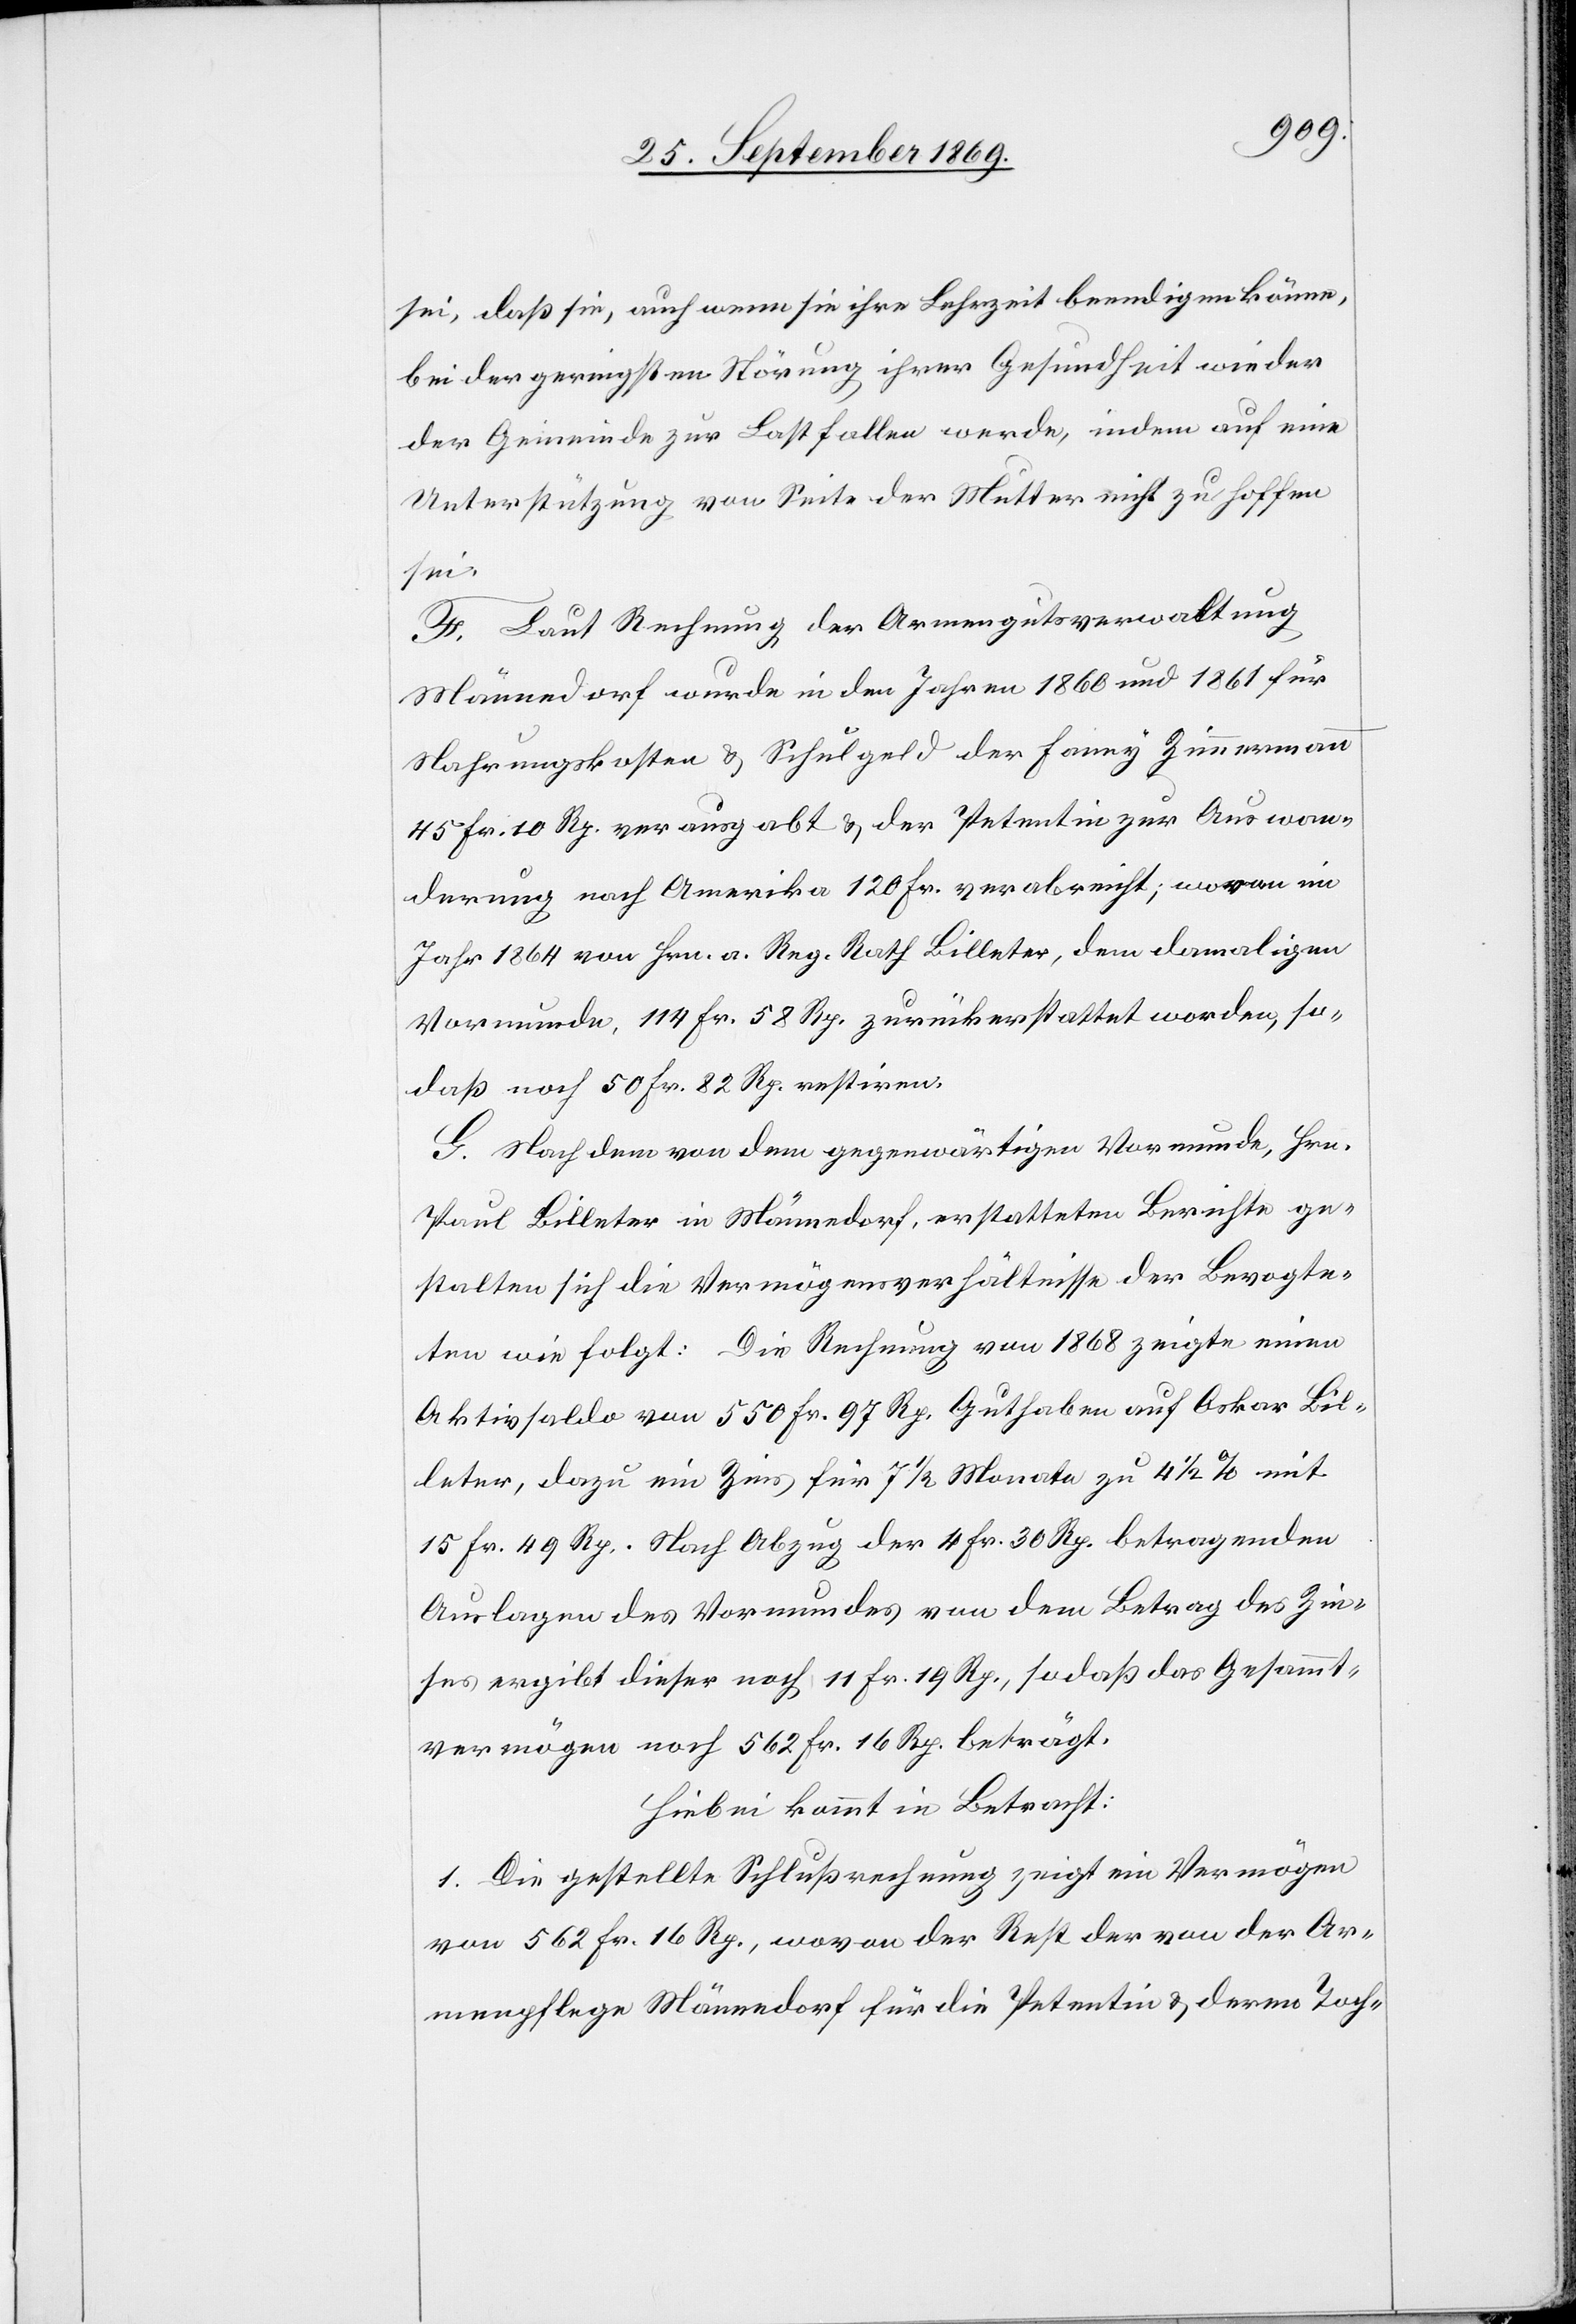
sei, daß sie, auch wenn sie ihre Lehrzeit beendigen könne,
bei der geringsten Störung ihrer Gesundheit wieder
der Gemeinde zur Last fallen werde, indem auf eine
Unterstützung von Seite der Mutter nicht zu hoffen
sei.
F. Laut Rechnung der Armengutsverwaltung
Männedorf wurde in den Jahren 1860 und 1861 für
Nahrungskosten & Schulgeld der Fanny Zimmermann
45 Fr. 10 Rp. verausgabt & der Petentin zur Auswan¬
derung nach Amerika 120 Fr. verabreicht; wovon im
Jahr 1864 von Hrn. a. Reg. Rath Billeter, dem damaligen
Vormunde, 114 Fr. 58 Rp. zurückerstattet worden, so¬
daß noch 50 Fr. 82 Rp. restiren.
G. Nach dem von dem gegenwärtigen Vormunde, Hrn.
Paul Billeter in Männedorf, erstatteten Berichte ge¬
stalten sich die Vermögensverhältnisse der Bevogte¬
ten wie folgt: Die Rechnung von 1868 zeigte einen
Aktivsaldo von 550 Fr. 97 Rp. Guthaben auf Oskar Bil¬
leter, dazu ein Zins für 7 1/2 Monate zu 4 1/2% mit
15 Fr. 49 Rp. Nach Abzug der 4 Fr. 30 Rp. betragenden
Auslagen des Vormundes von dem Betrag des Zin¬
ses ergibt dieser noch 11 Fr. 19 Rp., so daß das Gesammt¬
vermögen noch 562 Fr. 16 Rp. beträgt.
Hiebei kommt in Betracht:
1. Die gestellte Schlußrechnung zeigt ein Vermögen
von 562 Fr. 16 Rp., wovon der Rest der von der Ar¬
menpflege Männedorf für die Petentin & deren Toch-